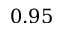
0 . 9 5